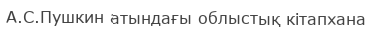
А.С.Пушкин атындағы облыстық кітапхана